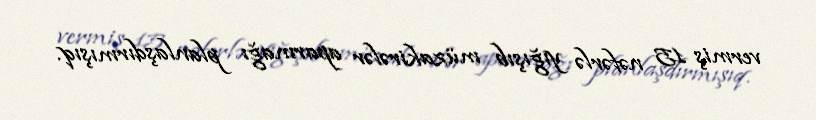
vermiş 15 nəfərlə yığışıb müzakirələr aparmağı planlaşdırmışıq.